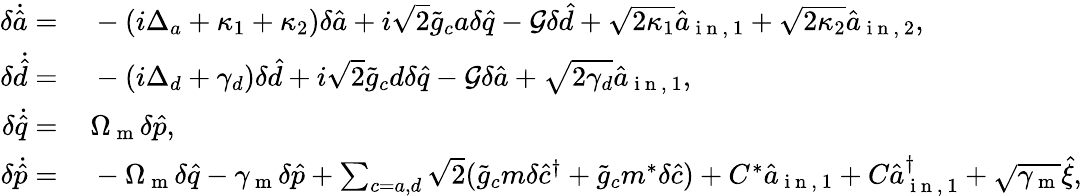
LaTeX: \begin{array}{rl}{\delta\dot{\hat{a}}=\, }&{{}-(i\Delta_{a}+\kappa_{1}+\kappa_{2})\delta\hat{a}+i\sqrt{2}\tilde{g}_{c}a\delta\hat{q}-\mathcal{G}\delta\hat{d}+\sqrt{2\kappa_{1}}\hat{a}_{\mathrm{~i~n~,~}1}+\sqrt{2\kappa_{2}}\hat{a}_{\mathrm{~i~n~,~}2},}\\ {\delta\dot{\hat{d}}=\, }&{{}-(i\Delta_{d}+\gamma_{d})\delta\hat{d}+i\sqrt{2}\tilde{g}_{c}d\delta\hat{q}-\mathcal{G}\delta\hat{a}+\sqrt{2\gamma_{d}}\hat{a}_{\mathrm{~i~n~,~}1},}\\ {\delta\dot{\hat{q}}=\, }&{{}\Omega_{\mathrm{~m~}}\delta\hat{p},}\\ {\delta\dot{\hat{p}}=\, }&{{}-\Omega_{\mathrm{~m~}}\delta\hat{q}-\gamma_{\mathrm{~m~}}\delta\hat{p}+\sum_{c=a,d}\sqrt{2}(\tilde{g}_{c}m\delta\hat{c}^{\dagger}+\tilde{g}_{c}m^{*}\delta\hat{c})+C^{*}\hat{a}_{\mathrm{~i~n~,~}1}+C\hat{a}_{\mathrm{~i~n~,~}1}^{\dagger}+\sqrt{\gamma_{\mathrm{~m~}}}\hat{\xi},}\end{array}